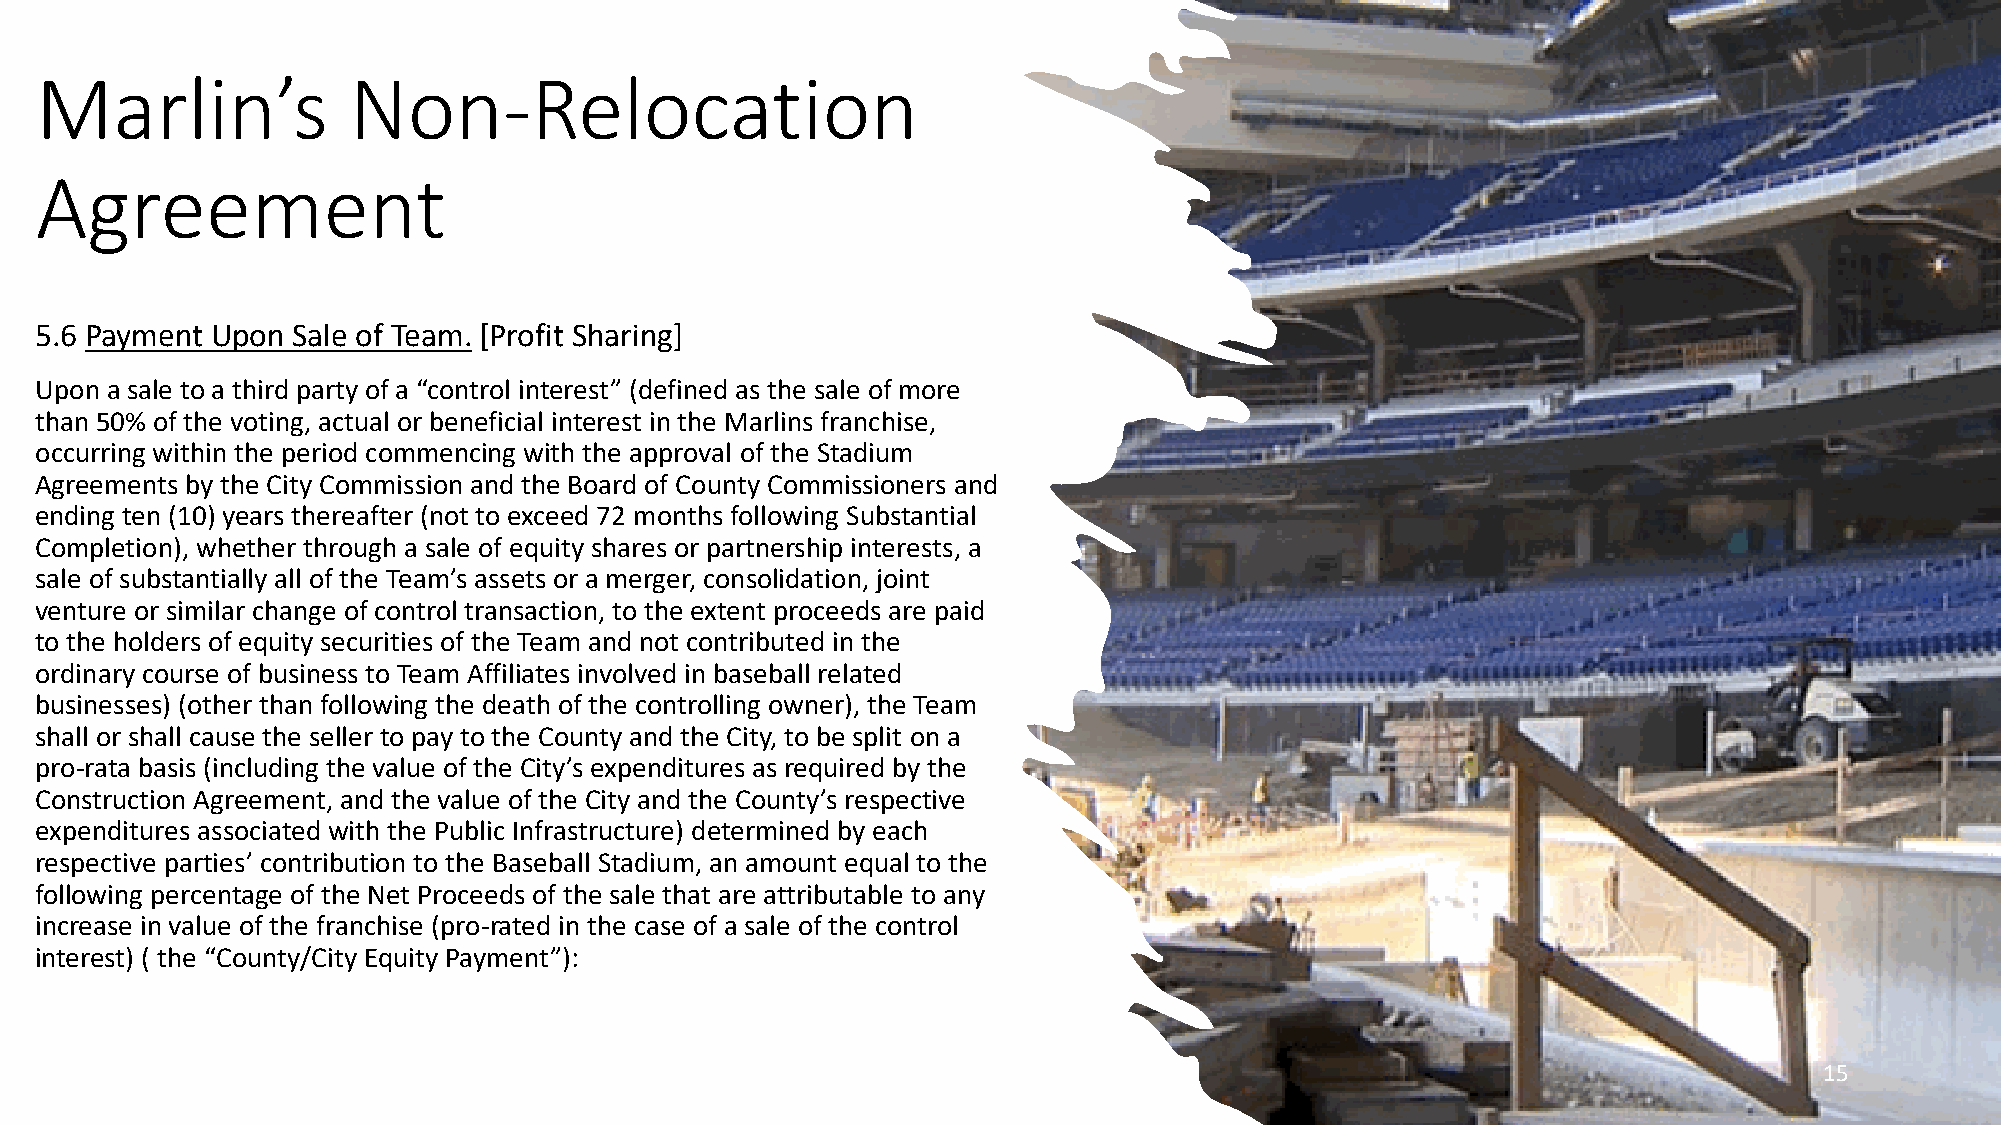
Marlin’s             Non-Relocation
 Agreement
 5.6 Payment Upon Sale of Team. [Profit Sharing]
 Upon a sale to a third party of a “control interest” (defined as the sale of more
 than 50% of the voting, actual or beneficial interest in the Marlins franchise,
 occurring within the period commencing with the approval of the Stadium
 Agreements by the City Commission and the Board of County Commissioners and
 ending ten (10) years thereafter (not to exceed 72 months following Substantial
 Completion), whether through a sale of equity shares or partnership interests, a
 sale of substantially all of the Team’s assets or a merger, consolidation, joint
 venture or similar change of control transaction, to the extent proceeds are paid
 to the holders of equity securities of the Team and not contributed in the
 ordinary course of business to Team Affiliates involved in baseball related
 businesses) (other than following the death of the controlling owner), the Team
 shall or shall cause the seller to pay to the County and the City, to be split on a
 pro-rata basis (including the value of the City’s expenditures as required by the
 Construction Agreement, and the value of the City and the County’s respective
 expenditures associated with the Public Infrastructure) determined by each
 respective parties’ contribution to the Baseball Stadium, an amount equal to the
 following percentage of the Net Proceeds of the sale that are attributable to any
 increase in value of the franchise (pro-rated in the case of a sale of the control
 interest) ( the “County/City Equity Payment”):
 15